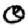
Digit: 0